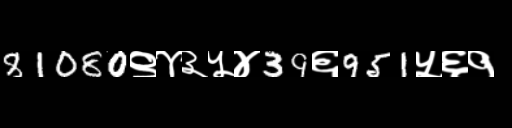
Text: 81080९४३५४39६951५६१